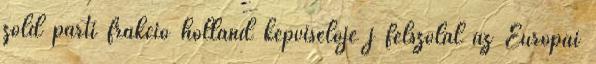
zöld párti frakció holland képviselője j felszólal az Európai